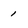
Character: 1